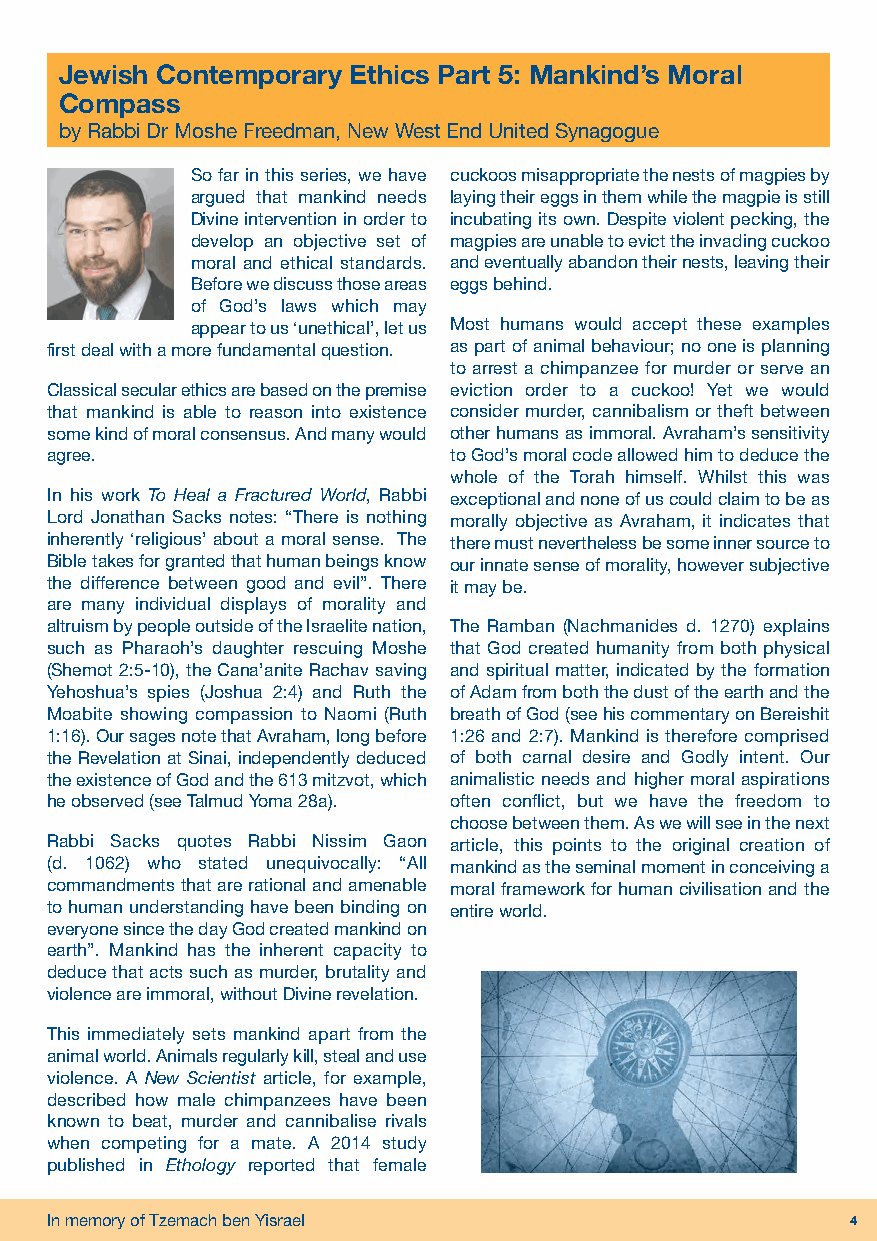
Jewish Contemporary Ethics Part 5: Mankind’s Moral
 Compass
 by Rabbi Dr Moshe Freedman, New West End United Synagogue
 So far in this series, we have cuckoos misappropriate the nests of magpies by
 argued that mankind needs laying their eggs in them while the magpie is still
 Divine intervention in order to incubating its own. Despite violent pecking, the
 develop an objective set of magpies are unable to evict the invading cuckoo
 moral and ethical standards. and eventually abandon their nests, leaving their
 Before we discuss those areas eggs behind.
 of God’s laws which may
 appear to us ‘unethical’, let us Most humans would accept these examples
 first deal with a more fundamental question. as part of animal behaviour; no one is planning
 to arrest a chimpanzee for murder or serve an
 Classical secular ethics are based on the premise eviction order to a cuckoo! Yet we would
 that mankind is able to reason into existence consider murder, cannibalism or theft between
 some kind of moral consensus. And many would other humans as immoral. Avraham’s sensitivity
 agree.                     to God’s moral code allowed him to deduce the
 whole of the Torah himself. Whilst this was
 In his work To Heal a Fractured World, Rabbi exceptional and none of us could claim to be as
 Lord Jonathan Sacks notes: “There is nothing morally objective as Avraham, it indicates that
 inherently ‘religious’ about a moral sense. The there must nevertheless be some inner source to
 Bible takes for granted that human beings know our innate sense of morality, however subjective
 the difference between good and evil”. There it may be.
 are many individual displays of morality and
 altruism by people outside of the Israelite nation, The Ramban (Nachmanides d. 1270) explains
 such as Pharaoh’s daughter rescuing Moshe that God created humanity from both physical
 (Shemot 2:5-10), the Cana’anite Rachav saving and spiritual matter, indicated by the formation
 Yehoshua’s spies (Joshua 2:4) and Ruth the of Adam from both the dust of the earth and the
 Moabite showing compassion to Naomi (Ruth breath of God (see his commentary on Bereishit
 1:16). Our sages note that Avraham, long before 1:26 and 2:7). Mankind is therefore comprised
 the Revelation at Sinai, independently deduced of both carnal desire and Godly intent. Our
 the existence of God and the 613 mitzvot, which animalistic needs and higher moral aspirations
 he observed (see Talmud Yoma 28a). often conflict, but we have the freedom to
 choose between them. As we will see in the next
 Rabbi Sacks quotes Rabbi Nissim Gaon article, this points to the original creation of
 (d. 1062) who stated unequivocally: “All mankind as the seminal moment in conceiving a
 commandments that are rational and amenable moral framework for human civilisation and the
 to human understanding have been binding on entire world.
 everyone since the day God created mankind on
 earth”. Mankind has the inherent capacity to
 deduce that acts such as murder, brutality and
 violence are immoral, without Divine revelation.
 This immediately sets mankind apart from the
 animal world. Animals regularly kill, steal and use
 violence. A New Scientist article, for example,
 described how male chimpanzees have been
 known to beat, murder and cannibalise rivals
 when competing for a mate. A 2014 study
 published in Ethology reported that female
 In memory of Tzemach ben Yisrael                     4